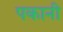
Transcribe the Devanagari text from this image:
पकानी